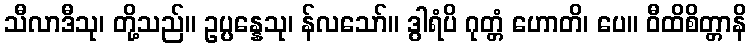
သီလာဒီသု၊ တို့သည်။ ဥပ္ပန္နေသု၊ န်လသော်။ ဒွါရံပိ ဂုတ္တံ ဟောတိ၊ ပေ။ ဝီထိစိတ္တာနိ